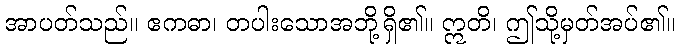
အာပတ်သည်။ ဧကဓာ၊ တပါးသောအဘို့ရှိ၏။ ဣတိ၊ ဤသို့မှတ်အပ်၏။